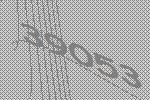
39053